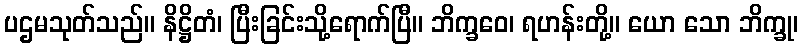
ပဌမသုတ်သည်။ နိဋ္ဌိတံ၊ ပြီးခြင်းသို့ရောက်ပြီ။ ဘိက္ခဝေ၊ ရဟန်းတို့။ ယော သော ဘိက္ခု၊